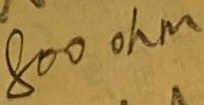
Text: 800 ohm